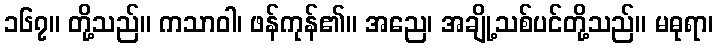
၁၆၇။ တို့သည်။ ကသာဝါ၊ ဖန်ကုန်၏။ အညေ၊ အချို့သစ်ပင်တို့သည်။ မဓုရာ၊